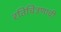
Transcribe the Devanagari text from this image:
रतिचित्रणाची